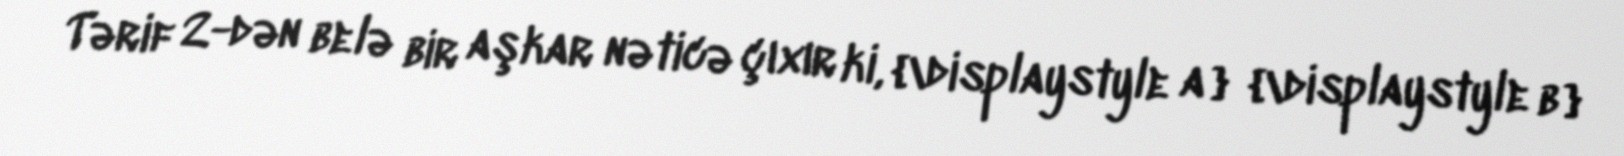
Tərif 2-dən belə bir aşkar nəticə çıxır ki, {\displaystyle a} {\displaystyle b}